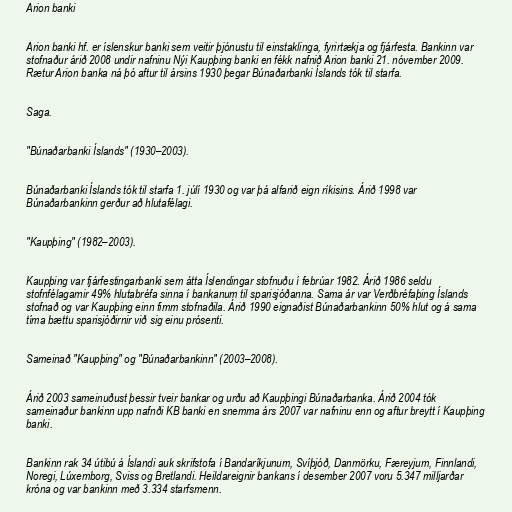
Arion banki

Arion banki hf. er íslenskur banki sem veitir þjónustu til einstaklinga, fyrirtækja og fjárfesta. Bankinn var
stofnaður árið 2008 undir nafninu Nýi Kaupþing banki en fékk nafnið Arion banki 21. nóvember 2009.
Rætur Arion banka ná þó aftur til ársins 1930 þegar Búnaðarbanki Íslands tók til starfa.

Saga.

"Búnaðarbanki Íslands" (1930–2003).

Búnaðarbanki Íslands tók til starfa 1. júlí 1930 og var þá alfarið eign ríkisins. Árið 1998 var
Búnaðarbankinn gerður að hlutafélagi.

"Kaupþing" (1982–2003).

Kaupþing var fjárfestingarbanki sem átta Íslendingar stofnuðu í febrúar 1982. Árið 1986 seldu
stofnfélagarnir 49% hlutabréfa sinna í bankanum til sparisjóðanna. Sama ár var Verðbréfaþing Íslands
stofnað og var Kaupþing einn fimm stofnaðila. Árið 1990 eignaðist Búnaðarbankinn 50% hlut og á sama
tíma bættu sparisjóðirnir við sig einu prósenti.

Sameinað "Kaupþing" og "Búnaðarbankinn" (2003–2008).

Árið 2003 sameinuðust þessir tveir bankar og urðu að Kaupþingi Búnaðarbanka. Árið 2004 tók
sameinaður bankinn upp nafnði KB banki en snemma árs 2007 var nafninu enn og aftur breytt í Kaupþing
banki.

Bankinn rak 34 útibú á Íslandi auk skrifstofa í Bandaríkjunum, Svíþjóð, Danmörku, Færeyjum, Finnlandi,
Noregi, Lúxemborg, Sviss og Bretlandi. Heildareignir bankans í desember 2007 voru 5.347 milljarðar
króna og var bankinn með 3.334 starfsmenn.